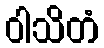
ဝါသိတံ